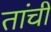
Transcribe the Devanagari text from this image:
तांची